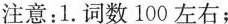
注意：1.词数100左右；